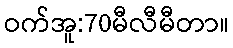
ဝက်အူ:70မီလီမီတာ။